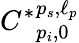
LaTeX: {C^{*}}_{p_{i},0}^{p_{s},\ell_{p}}